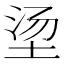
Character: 𮰠